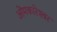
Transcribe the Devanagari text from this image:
ओंमकारेश्‍वर